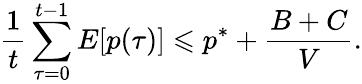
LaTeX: {\frac{1}{t}}\sum_{\tau=0}^{t-1}E[p(\tau)]\leqslant p^{*}+{\frac{B+C}{V}}.